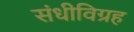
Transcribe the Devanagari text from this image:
संधीविग्रह